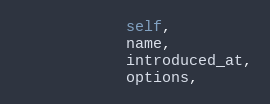
Language: Python
            self,
            name,
            introduced_at,
            options,